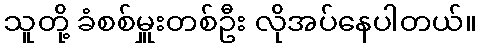
သူတို့ ခံစစ်မှူးတစ်ဦး လိုအပ်နေပါတယ်။